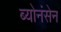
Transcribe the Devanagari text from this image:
ब्योनंसेन